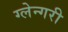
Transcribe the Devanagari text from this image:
ग्लेन्गरी